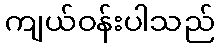
ကျယ်ဝန်းပါသည်